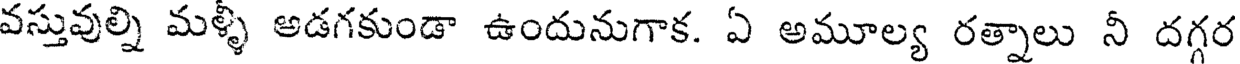
వస్తువుల్ని మళ్ళీ అడగకుండా ఉందునుగాక. ఏ అమూల్య రత్నాలు నీ దగ్గర